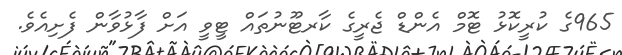
965ގެ ކުރީކޮޅު ޓޮމް އެންޑް ޖެރީގެ ކާރޓޫނުތައް ޓީވީ އަށް ފާޅުވާން ފެށިއެވެ.